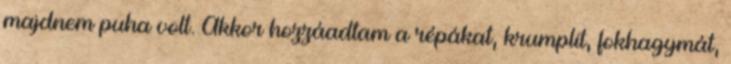
majdnem puha volt. Akkor hozzáadtam a répákat, krumplit, fokhagymát,